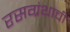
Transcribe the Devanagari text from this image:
रसग्रंथाची